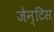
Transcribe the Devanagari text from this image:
जेन्टिस